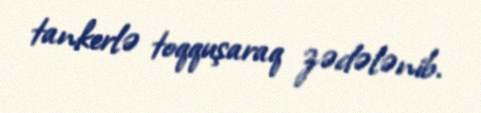
tankerlə toqquşaraq zədələnib.